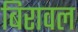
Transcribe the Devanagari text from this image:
बिरावल